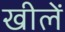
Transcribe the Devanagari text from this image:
खीलें